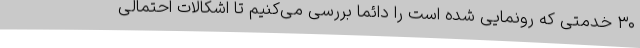
۳۰ خدمتی که رونمایی شده است را دائماً بررسی می‌کنیم تا اشکالات احتمالی